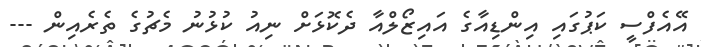
އޭއެފްސީ ކަޕުގައި އިންޑިއާގެ އައިޒޯލްއާ ދެކޮޅަށް ނިއު ކުޅުނު މެޗުގެ ތެރެއިން ---